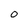
Character: 0